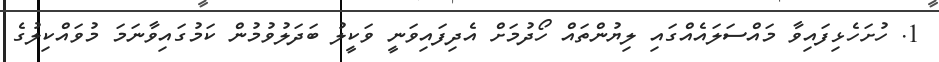
1. ހުށަހެޅިފައިވާ މައްސަލައެއްގައި ލިޔުންތައް ހޯދުމަށް އެދިފައިވަނީ ވަކީލު ބަދަލުވުމުން ކަމުގައިވާނަމަ މުވައްކިލުގެ